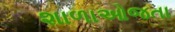
શાળાઓજતા